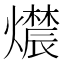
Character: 𬋔